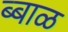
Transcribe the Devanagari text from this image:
ब्बाळ